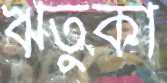
ঋতুকা